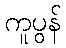
ကူပွန်